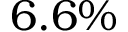
6 . 6 \%